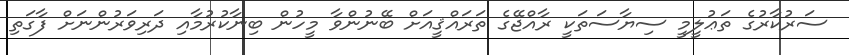
ސަރުކާރުގެ ތަޢުލީމީ ސިޔާސަތަކީ ރާއްޖޭގެ ތަރައްޤީއަށް ބޭނުންވާ މީހުން ބިނާކުރުމާއި ދަރިވަރުންނަށް ފާގަތި